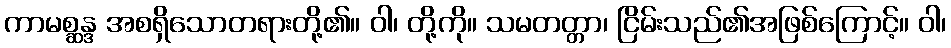
ကာမစ္ဆန္ဒ အစရှိသောတရားတို့၏။ ဝါ၊ တို့ကို။ သမတတ္တာ၊ ငြိမ်းသည်၏အဖြစ်ကြောင့်။ ဝါ၊